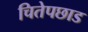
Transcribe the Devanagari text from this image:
चितेपछाड